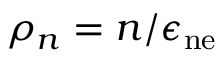
\rho _ { n } = n / \epsilon _ { \mathrm { n e } }